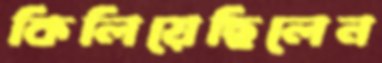
কিলিয়েছিলেন